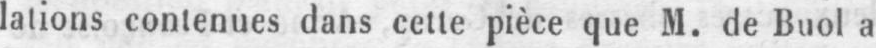
lations contenues dans cette pièce que M. de Buol a